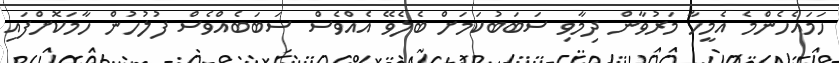
ހަމައެހެންމެ އެމީހާ މަރުވާން ދިމާވި ސަބަބުކަމަށް ބެލެވޭ އެއްވެސް ސަބަބެއްވެސް ފުލުހުން ހާމަކޮށްފައި